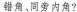
错角，同旁内角?